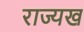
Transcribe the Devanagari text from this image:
राज्यख